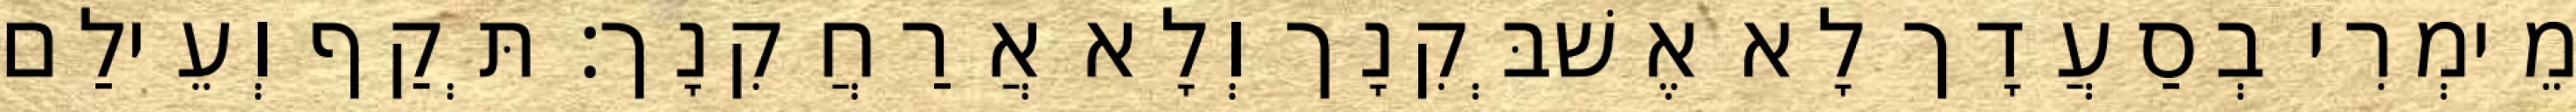
מֵימְרִי בְסַעֲדָך לָא אֶשׁבְּקִנָך וְלָא אֲרַחֲקִנָך׃ תְּקַף וְעֵילַם